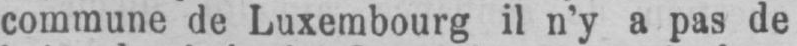
commune de Luxembourg il n’y a pas de